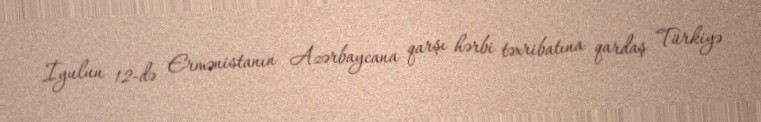
İyulun 12-də Ermənistanın Azərbaycana qarşı hərbi təxribatına qardaş Türkiyə